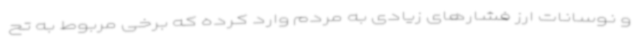
و نوسانات ارز فشارهای زیادی به مردم وارد کرده که برخی مربوط به تح